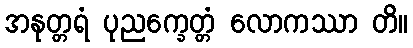
အနုတ္တရံ ပုညက္ခေတ္တံ လောကဿာ တိ။